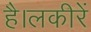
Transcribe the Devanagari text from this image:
है।लकीरें